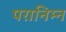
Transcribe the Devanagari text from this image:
परानिम्न